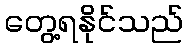
တွေ့ရနိုင်သည်